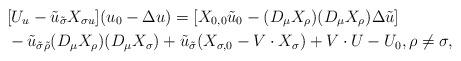
LaTeX: \begin{align*} & [U_u-\tilde{u}_{\tilde{\sigma}}X_{\sigma u}](u_0-\Delta u)= [X_{0,0}\tilde{u}_0-(D_{\mu}X_{\rho})(D_{\mu}X_{\rho} )\Delta \tilde{u}] \\ & -\tilde{u}_{\tilde{\sigma}\tilde{\rho}}(D_{\mu}X_{\rho})(D_{\mu}X_{\sigma}) + \tilde{u}_{\tilde{\sigma}}(X_{\sigma,0}-V\cdot X_{\sigma})+V\cdot U-U_0, \rho\ne \sigma,\end{align*}